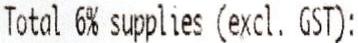
TOTAL 6% SUPPLIES (EXCL. GST):